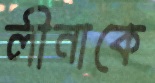
লীনাকে